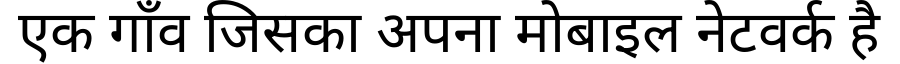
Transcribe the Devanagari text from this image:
एक गाँव जिसका अपना मोबाइल नेटवर्क है